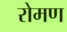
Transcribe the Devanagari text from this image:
रोमण